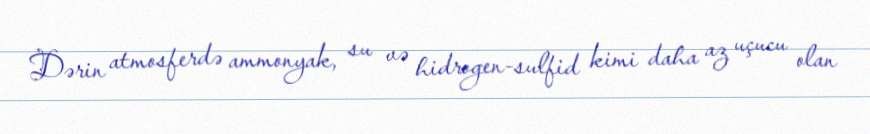
Dərin atmosferdə ammonyak, su və hidrogen-sulfid kimi daha az uçucu olan